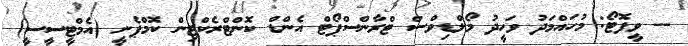
-- ވީފޮޓޯ: މުހައްމަދު ވަހީދު މޯލްޑިވްސް ޓްރާންސްޕޯޓް އެންޑް ކޮންޓްރެކްޓިން ކޮމްޕެނީ (އެމްޓީސީސީ)